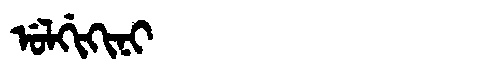
Manchu: ᡠᠯᡤᡳᡴᡳᠨᡳ
Romanization: ULGIKINI